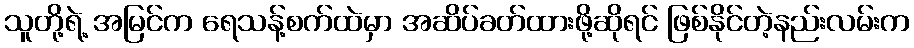
သူတို့ရဲ့ အမြင်က ရေသန့်စက်ထဲမှာ အဆိပ်ခတ်ထားဖို့ဆိုရင် ဖြစ်နိုင်တဲ့နည်းလမ်းက